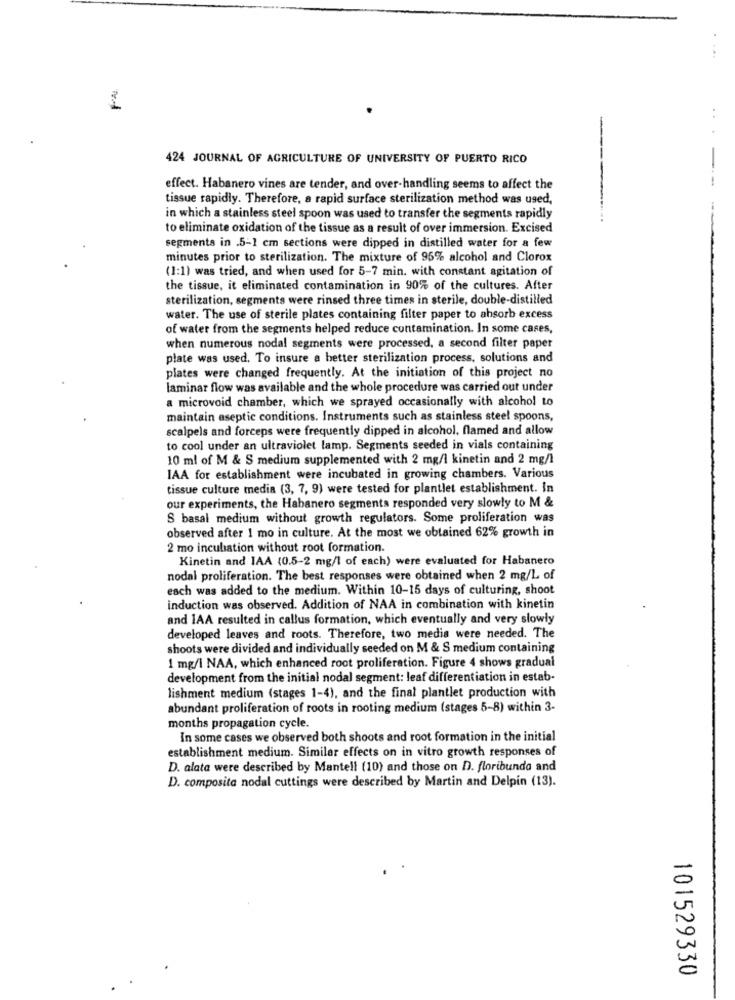
..
424 JOURNAL OF AGRICULTURE OF UNIVERSITY OF PUERTO RICO
-
effect. Habanero vines are tender, and over-handling seems to affect the
-
tissue rapidly. Therefore, a rapid surface sterilization method was used,
in which a stainless steel spoon was used to transfer the segments rapidly
to eliminate oxidation of the tissue as a result of over immersion. Excised
segments in .5-1 cm sections were dipped in distilled water for a few
minutes prior to sterilization. The mixture of 95% alcohol and Clorox
(1:1) was tried, and when used for 5-7 min. with constant agitation of
the tissue, it eliminated contamination in 90% of the cultures. After
sterilization, segments were rinsed three times in sterile, double-distilled
water. The use of sterile plates containing filter paper to absorb excess
of water from the segments helped reduce contamination. In some cases,
when numerous nodal segments were processed, a second filter paper
plate was used. To insure a better sterilization process, solutions and
plates were changed frequently. At the initiation of this project no
laminar flow was available and the whole procedure was carried out under
a microvoid chamber, which we sprayed occasionally with alcohol to
maintain aseptic conditions. Instruments such as stainless steel spoons,
scalpels and forceps were frequently dipped in alcohol, flamed and allow
to cool under an ultraviolet lamp. Segments seeded in vials containing
10 ml of M & S medium supplemented with 2 mg/l kinetin and 2 mg/l
IAA for establishment were incubated in growing chambers. Various
tissue culture media (3, 7, 9) were tested for plantlet establishment. In
our experiments, the Habanero segments responded very slowly to M &
S basal medium without growth regulators. Some proliferation was
observed after 1 mo in culture. At the most we obtained 62% growth in
2 mo incubiation without root formation.
Kinetin and IAA (0.5-2 mg/l of each) were evaluated for Habanero
nodal proliferation. The best responses were obtained when 2 mg/L of
each was added to the medium. Within 10-15 days of culturing, shoot
induction was observed. Addition of NAA in combination with kinetin
and IAA resulted in callus formation, which eventually and very slowly
developed leaves and roots. Therefore, two media were needed. The
shoots were divided and individually seeded on M & S medium containing
1 mg/l NAA, which enhanced root proliferation. Figure 4 shows gradual
development from the initial nodal segment: leaf differentiation in estab-
lishment medium (stages 1-4), and the final plantlet production with
abundant proliferation of roots in rooting medium (stages 5-8) within 3-
months propagation cycle.
In some cases we observed both shoots and root formation in the initial
establishment medium. Similar effects on in vitro growth responses of
D. alata were described by Mantell (10) and those on D. floribunda and
D. composita nodal cuttings were described by Martin and Delpin (13).
101529330